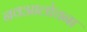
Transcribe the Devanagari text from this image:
नवआलोचना